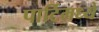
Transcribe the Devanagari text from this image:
पार्टिमध्ये